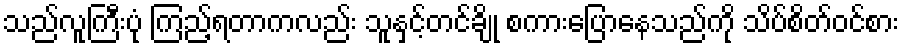
သည်လူကြီးပုံ ကြည့်ရတာကလည်း သူနှင့်တင်ချို စကားပြောနေသည်ကို သိပ်စိတ်ဝင်စား